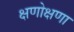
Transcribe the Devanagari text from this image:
क्षणोक्षणा